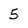
Character: 5